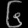
Digit: ၆